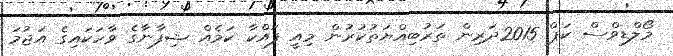
މޯލްޑިވްސް ކަޕް 2015ދަރިން ތަރުބިއްޔަތުކުރުން މިއީ ފައްކާ ކަމެއް ޝިފާނާގެ ވާހަަކައިގެ އަޖުމަ